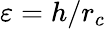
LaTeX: \varepsilon=h/{r_{c}}